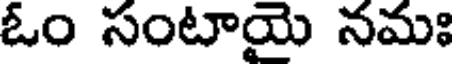
ఓం సంటాయై నమః